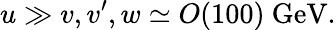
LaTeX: u\gg v,v^{\prime},w\simeq O(100)\ \mathrm{GeV}.